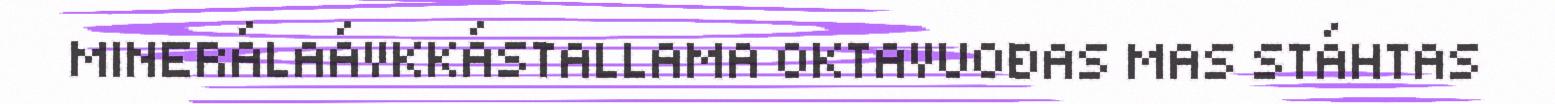
MINERÁLAÁVKKÁSTALLAMA OKTAVUOĐAS MAS STÁHTAS